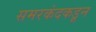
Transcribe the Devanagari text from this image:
समरकंदकडून